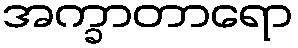
အက္ခာတာရော